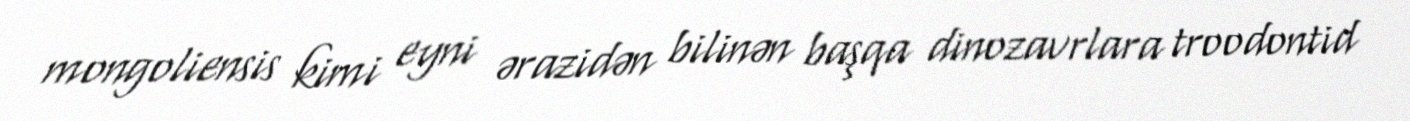
mongoliensis kimi eyni ərazidən bilinən başqa dinozavrlara troodontid